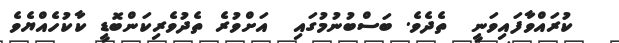
ކުރައްވާފައިވަނީ  ތެދެވެ. ބަސްބުނުމުގައި  އަށްވުރެ ތެދުވެރިކަންބޮޑީ ކާކުހެއްޔެވެ